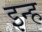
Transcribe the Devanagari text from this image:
इन्ह